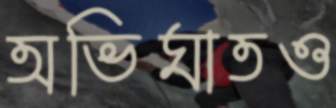
অভিঘাতও